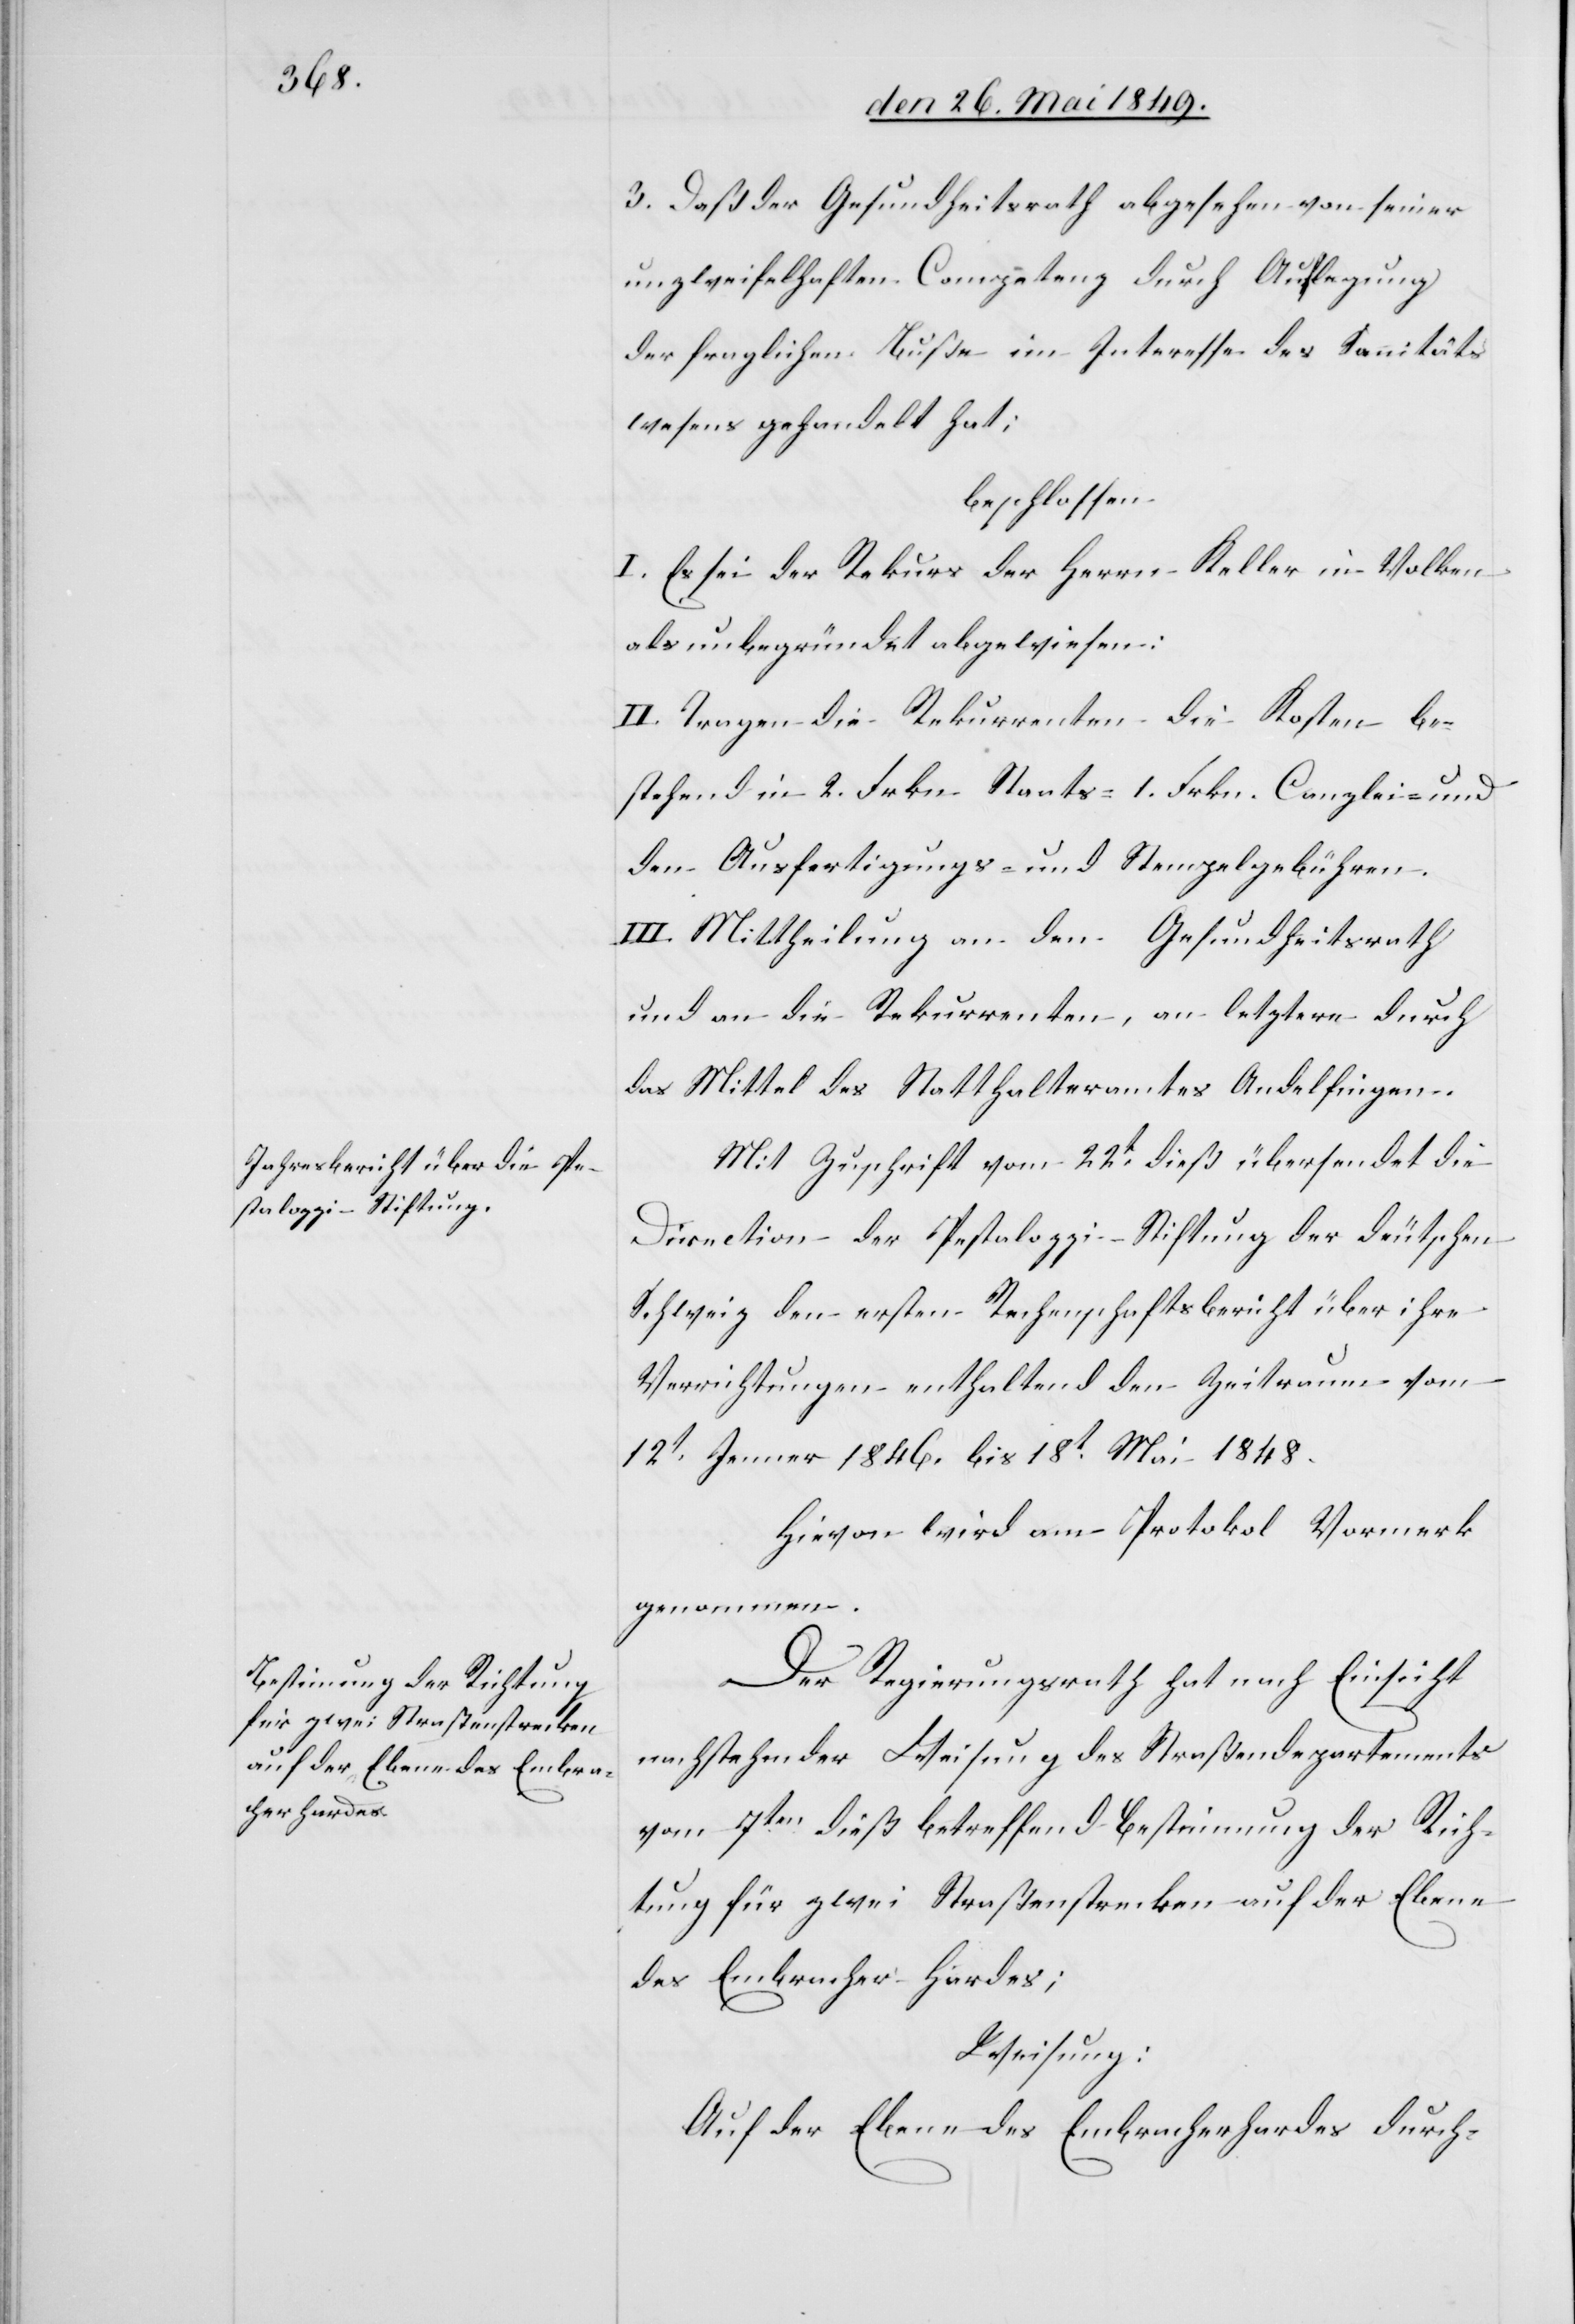
3. Daß der Gesundheitsrath abgesehen von seiner
unzweifelhaften Competenz durch Auflegung
der fraglichen Buße im Interesse des Sanitäts¬
wesens gehandelt hat;
beschlossen.
I. Es sei der Rekurs der Herrn Keller in Volken
als unbegründet abgewiesen:
II. Tragen die Rekurrenten die Kosten be¬
stehend in 2. Frkn Staats-[,] 1. Frkn. Canzlei- und
den Ausfertigungs- und Stempelgebühren.
III. Mittheilung an den Gesundheitsrath
und an die Rekurrenten, an letztere durch
das Mittel des Statthalteramtes Andelfingen.
Mit Zuschrift vom 22t dieß übersendet die
Direction der Pestalozzi-Stiftung der deutschen
Schweiz den ersten Rechenschaftsbericht über ihre
Verrichtungen enthaltend den Zeitraum vom
12t Jenner 1846. bis 18t Mai 1848.
Hievon wird am Protokoll Vormerk
genommen.
Der Regierungsrath hat nach Einsicht
nachstehender Weisung des Straßendepartements
vom 7ten dieß betreffend Bestimmung der Rich¬
tung für zwei Straßenstrecken auf der Ebene
des Embracher Hardes;
Weisung:
Auf der Ebene des Embracherhardes durch-